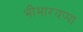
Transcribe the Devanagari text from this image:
भीमारयप्पा